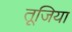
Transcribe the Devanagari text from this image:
तूजिया